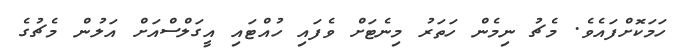
ހަމަކޮށްފައެވެ. މެޗު ނިމެން ހަތަރު މިނެޓަށް ވެފައި ހުއްޓައި އީގަލްސްއަށް އަލުން މެޗުގެ